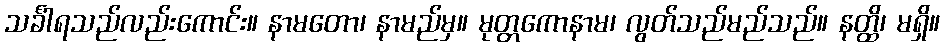
သင်္ခါရသည်လည်းကောင်း။ နာမတော၊ နာမည်မှ။ မုတ္တကောနာမ၊ လွတ်သည်မည်သည်။ နတ္ထိ၊ မရှိ။